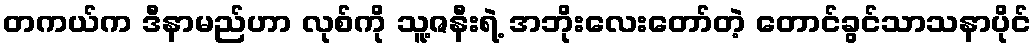
တကယ်က ဒီနာမည်ဟာ လုစ်ကို သူ့ဇနီးရဲ့ အဘိုးလေးတော်တဲ့ တောင်ခွင်သာသနာပိုင်